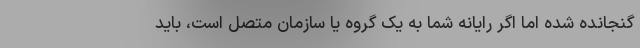
گنجانده شده اما اگر رایانه شما به یک گروه یا سازمان متصل است، باید